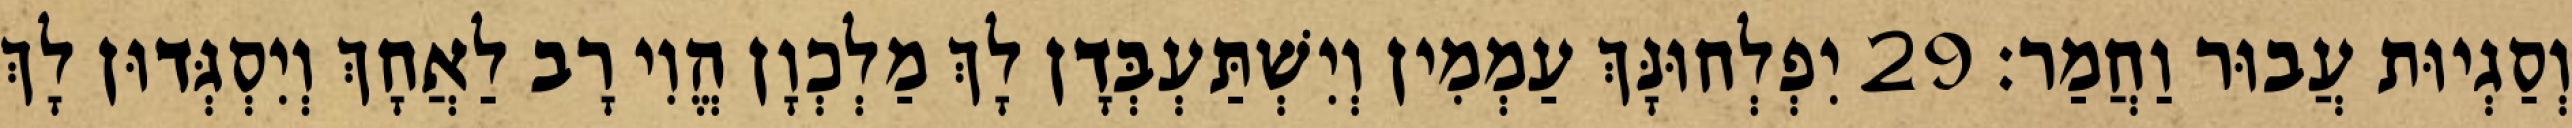
וְסַגְיוּת עֲבוּר וַחֲמַר׃ 29 יִפְלְחוּנָּךְ עַמְמִין וְיִשְׁתַּעְבְּדָן לָךְ מַלְכְוָן הֱוִי רָב לַאֲחָךְ וְיִסְגְּדוּן לָךְ